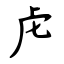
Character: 虍